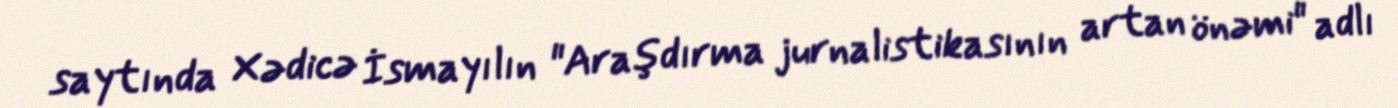
saytında Xədicə İsmayılın "Araşdırma jurnalistikasının artan önəmi" adlı